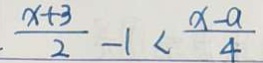
. \frac { x + 3 } { 2 } - 1 < \frac { x - a } { 4 }